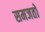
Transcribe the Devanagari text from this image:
समजतों